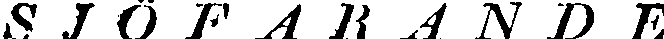
S J Ö F A R A N D E.